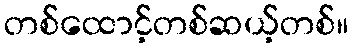
တစ်ထောင့်တစ်ဆယ့်တစ်။